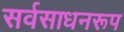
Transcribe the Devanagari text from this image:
सर्वसाधनरूप